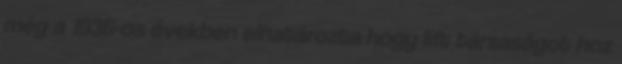
még a 1936-os években elhatározta hogy lift társaságot hoz